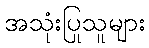
အသုံးပြုသူများ